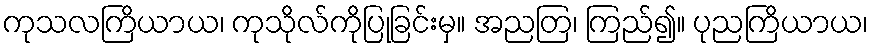
ကုသလကြိယာယ၊ ကုသိုလ်ကိုပြုခြင်းမှ။ အညတြ၊ ကြည်၍။ ပုညကြိယာယ၊